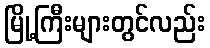
မြို့ကြီးများတွင်လည်း